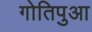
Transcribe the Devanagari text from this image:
गोतिपुआ